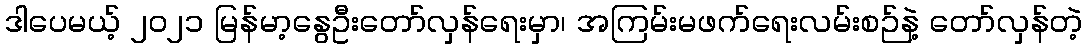
ဒါပေမယ့် ၂၀၂၁ မြန်မာ့နွေဦးတော်လှန်ရေးမှာ၊ အကြမ်းမဖက်ရေးလမ်းစဉ်နဲ့ တော်လှန်တဲ့